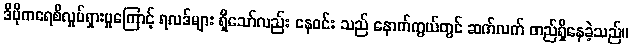
ဒီမိုကရေစီလှုပ်ရှားမှုကြောင့် ရလဒ်များ ရှိသော်လည်း နေဝင်း သည် နောက်ကွယ်တွင် ဆက်လက် တည်ရှိနေခဲ့သည်။